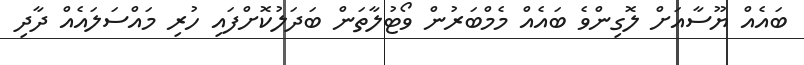
ބައެއް ޔޫސާއަށް ލޮގިންވެ ބައެއް މެމްބަރުން ވޯޓުލާތަން ބަދަލުކޮށްފައި ހުރި މައްސަލައެއް ދާދި